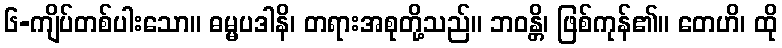
၆-ကျိပ်တစ်ပါးသော။ ဓမ္မပဒါနိ၊ တရားအစုတို့သည်။ ဘဝန္တိ၊ ဖြစ်ကုန်၏။ တေဟိ၊ ထို